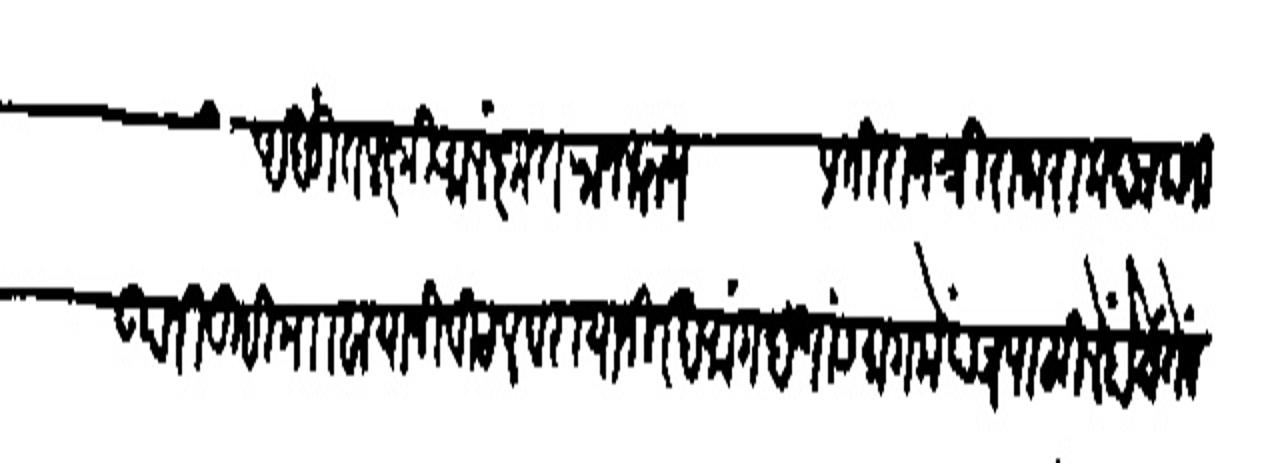
Transliteration (Devanagari): अखंडिललक्मीआलंकृत राजमान्य प्रति राजशी राजाराम छत्रपति
उपरि तुम्ही माा बायाजी बिडल व रायाची रखमांगद यांसमागमें पत्र पाठबिले होते तें पाऊन